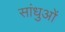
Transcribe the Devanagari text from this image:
सांधुओं